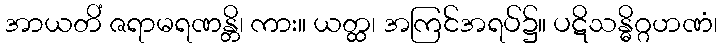
အာယတိံ ဇရာမရဏန္တိ၊ ကား။ ယတ္ထ၊ အကြင်အရပ်၌။ ပဋိသန္ဓိဂ္ဂဟဏံ၊